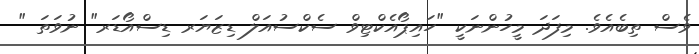
ވެސް ތިބެއެވެ. މިފަދަ މީހުންނަކީ "ހައިޕޯއެކްޓިވް ސެކްސުއަލް ޑިޒަޔަރ ޑިސްއޯޑަރ" ނުވަތަ "